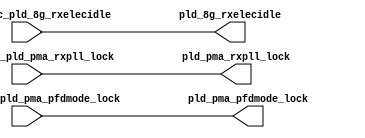
// SPDX-License-Identifier: Apache-2.0
// Copyright (C) 2019 Intel Corporation. All rights reserved
module hdpldadapt_rx_async_direct (
// AIB IF
input   wire   aib_fabric_pld_8g_rxelecidle,
input   wire   aib_fabric_pld_pma_rxpll_lock,
input   wire   aib_fabric_pld_pma_pfdmode_lock,

// PLD IF
output   wire  pld_pma_pfdmode_lock,
output   wire  pld_8g_rxelecidle,
output   wire  pld_pma_rxpll_lock

);

assign pld_8g_rxelecidle  = aib_fabric_pld_8g_rxelecidle;
assign pld_pma_rxpll_lock = aib_fabric_pld_pma_rxpll_lock;
assign pld_pma_pfdmode_lock          = aib_fabric_pld_pma_pfdmode_lock;

endmodule